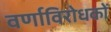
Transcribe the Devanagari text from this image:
वर्णाविरोधकों